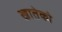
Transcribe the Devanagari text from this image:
खातेको